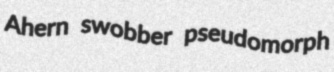
Ahern swobber pseudomorph